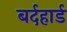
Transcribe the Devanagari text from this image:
बर्दहार्ड